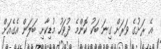
އެ ރަށުގެ ވަރަށް ގިނަ ބަކު ކޮންމެ ދުވަހު މުޑިކާށި ބަލަން އެގެއަށް